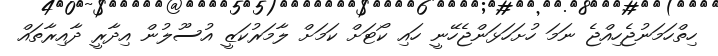
ހިތްހަމަނުޖެހިއްޖެ ނަމަ ހުށަހަޅަންޖެހޭނީ ހައި ކޯޓަށް ކަމަށް ލާމަރުކަޒީ އުސޫލުން އިދާރީ ދާއިރާތައް